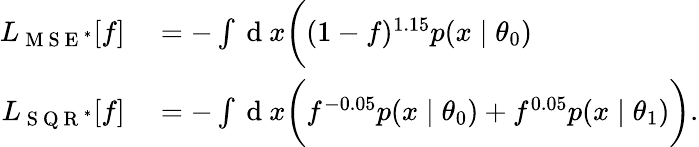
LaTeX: \begin{array}{rl}{L_{\mathrm{~M~S~E~}^{*}}[f]}&{{}=-\int\mathrm{~d~}x\bigg((1-f)^{1.15}p(x\mid\theta_{0})}\\ {L_{\mathrm{~S~Q~R~}^{*}}[f]}&{{}=-\int\mathrm{~d~}x\bigg(f^{-0.05}p(x\mid\theta_{0})+f^{0.05}p(x\mid\theta_{1})\bigg).}\end{array}